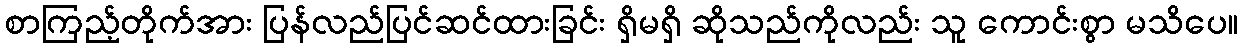
စာကြည့်တိုက်အား ပြန်လည်ပြင်ဆင်ထားခြင်း ရှိမရှိ ဆိုသည်ကိုလည်း သူ ကောင်းစွာ မသိပေ။